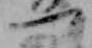
つ